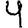
Digit: 4